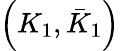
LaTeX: \left(K_{1},\bar{K}_{1}\right)